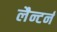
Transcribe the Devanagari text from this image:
लैन्टर्न